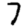
Digit: 7